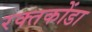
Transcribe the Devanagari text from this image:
रक्तकोंडा